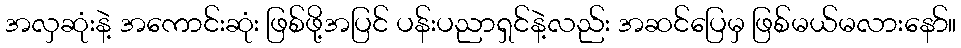
အလှဆုံးနဲ့ အကောင်းဆုံး ဖြစ်ဖို့အပြင် ပန်းပညာရှင်နဲ့လည်း အဆင်ပြေမှ ဖြစ်မယ်မလားနော်။